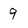
Character: 9